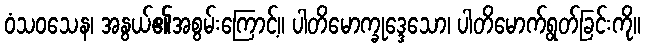
ဝံသဝသေန၊ အနွယ်၏အစွမ်းကြောင့်။ ပါတိမောက္ခုဒ္ဒေသော၊ ပါတိမောက်ရွတ်ခြင်းကို။